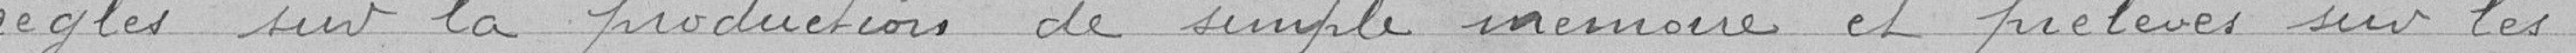
réglés sur la production de simple mémoire et prélevés sur les